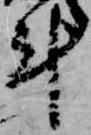
計